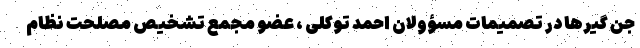
جن گیرها در تصمیمات مسؤولان احمد توکلی ، عضو مجمع تشخیص مصلحت نظام